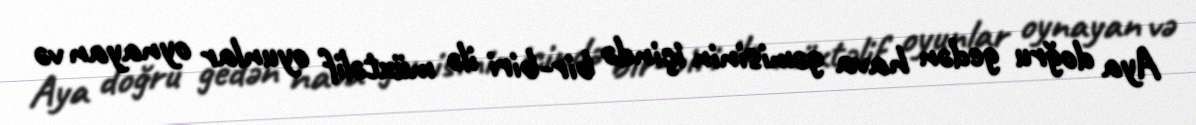
Aya doğru gedən hava gəmisinin içində bir-biri ilə müxtəlif oyunlar oynayan və